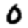
Digit: 0